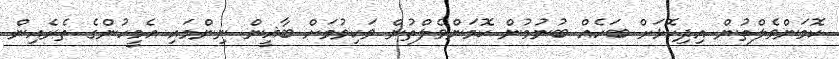
ކޮމަންވެލްތުން އިދިކޮޅަށް ބަހެއް ބުނުމުން ކޮމަންވެލްތުން ވަކިވުމަށް ބާޣީން ނިންމައި އެމީހުންގެ ތެރެއިން